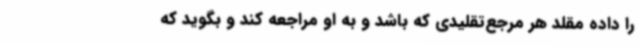
را داده مقلد هر مرجع‌تقلیدی که باشد و به او مراجعه کند و بگوید که